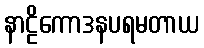
နာဠိကောဒနပရမတာယ